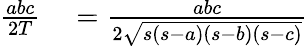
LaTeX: \begin{array}{rl}{{\frac{abc}{2T}}}&{{}={\frac{abc}{2{\sqrt{s(s-a)(s-b)(s-c)}}}}}\end{array}